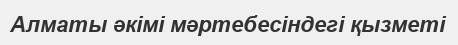
Алматы әкімі мәртебесіндегі қызметі